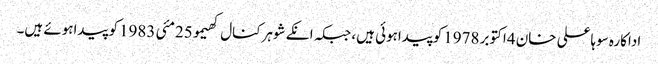
اداکارہ سوہاعلی خان 4اکتوبر 1978کوپیداہوئی ہیں، جبکہ انکے شوہرکنال کھیمو25مئی 1983کو پیداہوئے ہیں۔